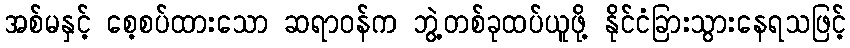
အစ်မနှင့် စေ့စပ်ထားသော ဆရာဝန်က ဘွဲ့တစ်ခုထပ်ယူဖို့ နိုင်ငံခြားသွားနေရသဖြင့်